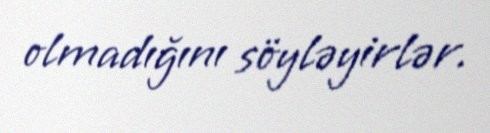
olmadığını söyləyirlər.